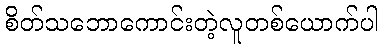
စိတ်သဘောကောင်းတဲ့လူတစ်ယောက်ပါ